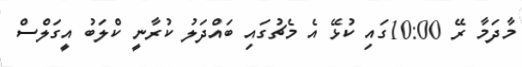
މާދަމާ ރޭ 10:00ގައި ކުޅޭ އެ މެޗުގައި ބައްދަލު ކުރާނީ ކްލަބު އީގަލްސް